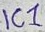
Text: IC1